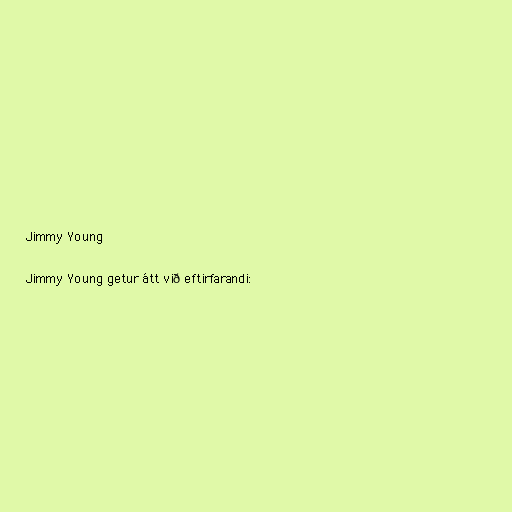
Jimmy Young

Jimmy Young getur átt við eftirfarandi: